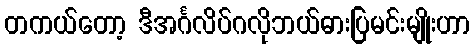
တကယ်တော့ ဒီအင်္ဂလိပ်ဂလိုဘယ်ဓားပြမင်းမျိုးဟာ